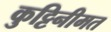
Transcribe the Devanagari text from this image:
कुट्टिनीमत